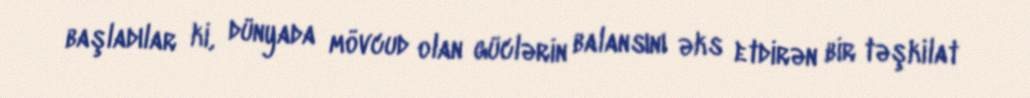
başladılar ki, dünyada mövcud olan güclərin balansını əks etdirən bir təşkilat